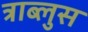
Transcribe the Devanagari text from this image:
त्राब्लुस